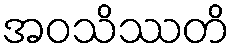
အဝသိဿတိ